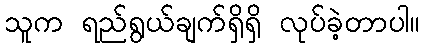
သူက ရည်ရွယ်ချက်ရှိရှိ လုပ်ခဲ့တာပါ။